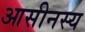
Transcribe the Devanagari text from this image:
आसीनस्य